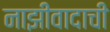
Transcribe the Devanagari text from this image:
नाझीवादाची